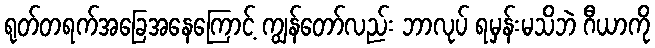
ရုတ်တရက်အခြေအနေကြောင့် ကျွန်တော်လည်း ဘာလုပ် ရမှန်းမသိဘဲ ဂီယာကို